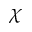
\chi